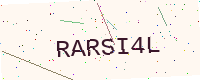
Text: RARSI4L